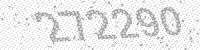
Solution: 272290